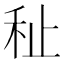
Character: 䄳